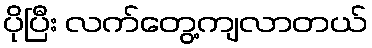
ပိုပြီး လက်တွေ့ကျလာတယ်